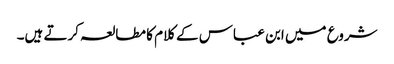
شروع میں ابن عباس کے کلام کا مطالعہ کرتے ہیں۔